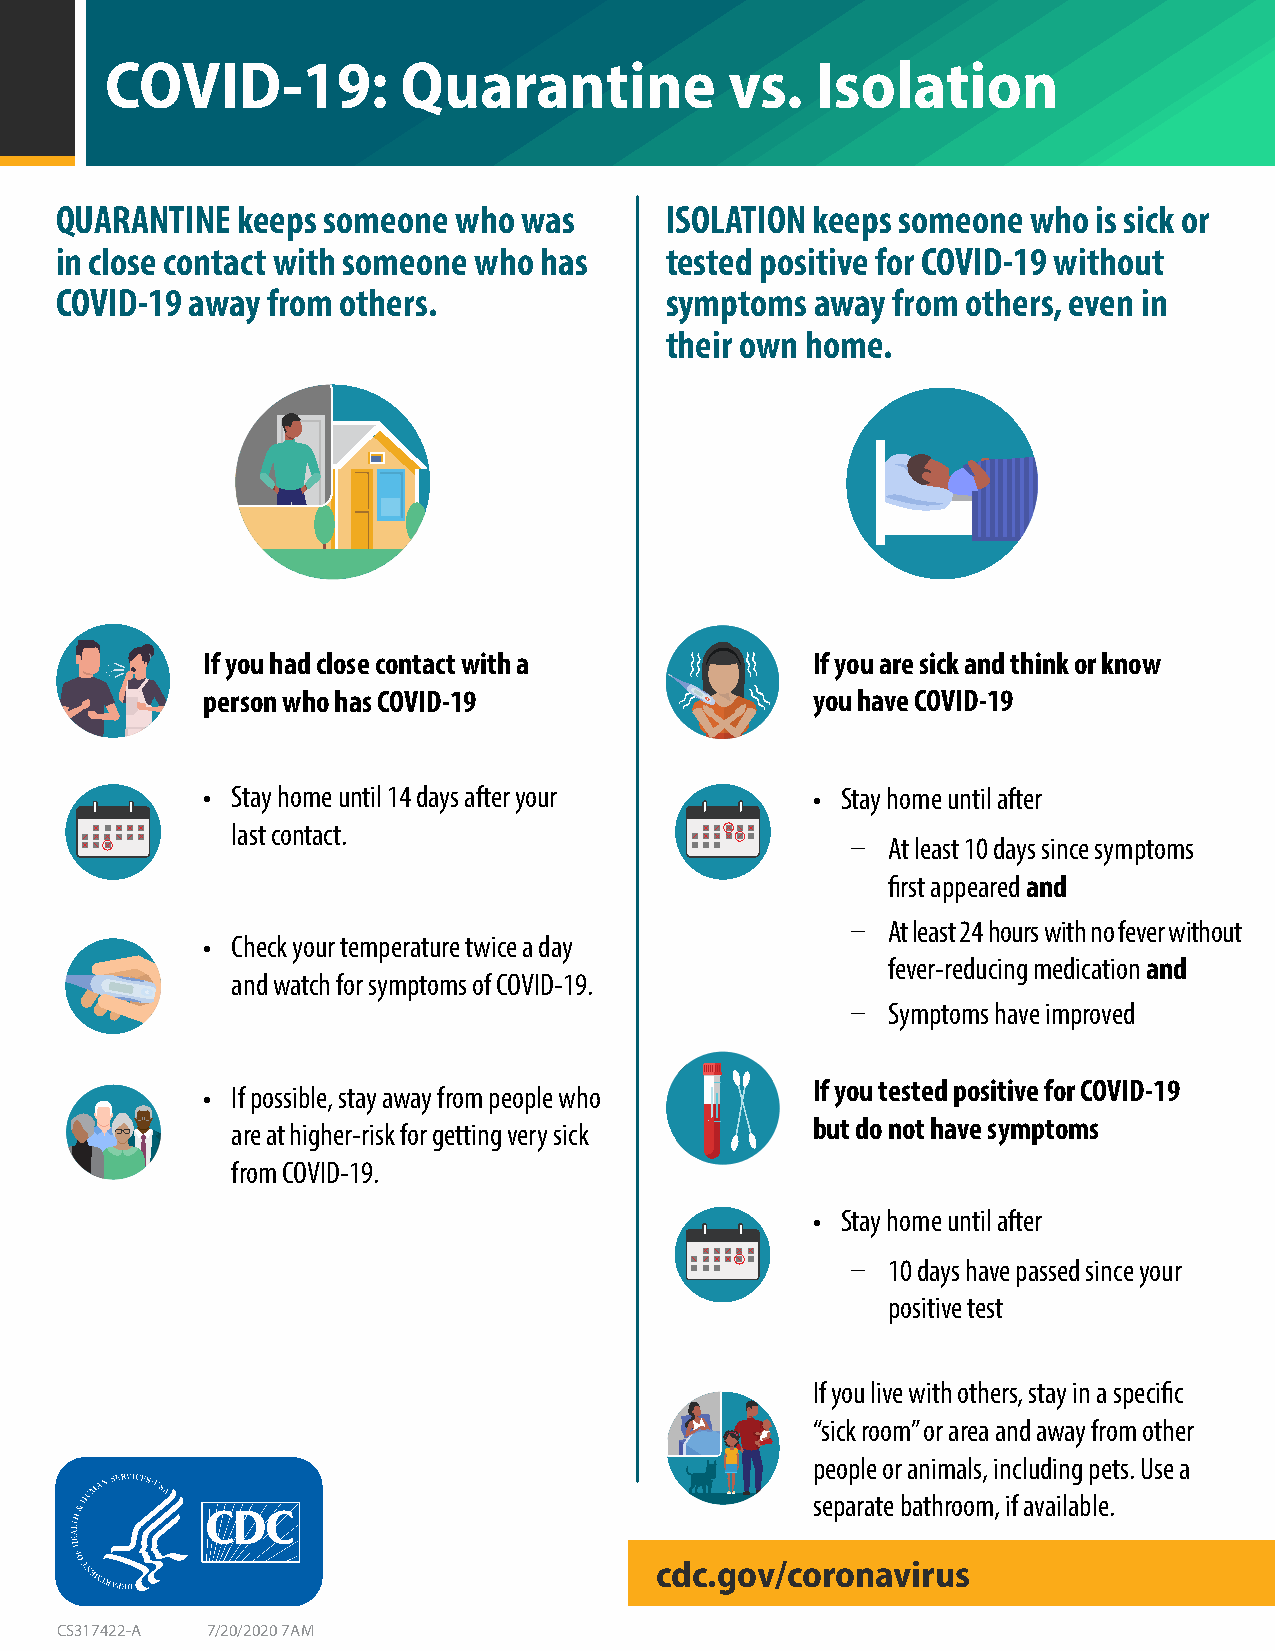
COVID-19:           Quarantine           vs.   Isolation
 QUARANTINE  keeps someone who was       ISOLATION keeps someone who  is sick or
 in close contact with someone who has   tested positive for COVID-19 without
 COVID-19 away from others.              symptoms  away from others, even in
 their own home.
 Collect and Analyze Data to       Provide Tools and Guidance            Support STLT Public
 Understand COVID-19 and Its Spread        to Minimize Impact                  Health Capacity
 If you had close contact with a          If you are sick and think or know
 Case                Healthcare
 person who Ihdaens tCifiOcVaItDio-n19 Monitoring you have COVID-19
 • Stay home until 14 days after your     • Stay home until after
 last contact.
 ū  At least 10 days since symptoms
 Contact         Travel          COVID Corps      Innovative
 Inform                  first aTprpaecianrged and Guidance                 Technologies
 National              ū  At least 24 hours with no fever without
 • Check your temperature twice a day              Critical      Clinical           Clinician
 Picture of               feveIrn-frreadsutrcuinctgu rme edicatRioenco amnmdendations Training
 and watch for symptoms of COVID-19.                                               On-call
 COVID-19                     Guidance
 ū  Symptoms have improved
 Vulnerable Populations                Tools and
 • If possible, stay away from people who If you tested posPitroivteec ftoiorn C SOtrVaItDeg-1ie9s Checklists
 but do not have symptoms
 are at higher-risk for getting very sick
 from COVID-19.
 Illness              Testing
 Monitoring            Expansion • Stay home until after
 ū  10 days have passed since your
 positive test
 If you live with others, stay in a specific
 “sick room” or area and away from other
 people or animals, including pets. Use a
 separate bathroom, if available.
 cdc.gov/coronavirus
 CS317422-A 7/20/2020 7AM